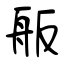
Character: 舨